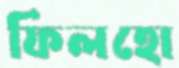
ফিলহো